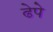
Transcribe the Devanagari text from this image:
ढेपे